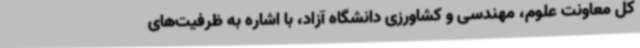
کل معاونت علوم، مهندسی و کشاورزی دانشگاه آزاد، با اشاره به ظرفیت‌های